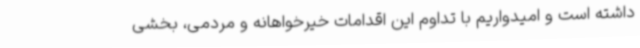
داشته است و امیدواریم با تداوم این اقدامات خیرخواهانه و مردمی، بخشی